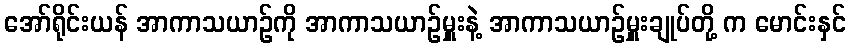
အော်ရိုင်းယန် အာကာသယာဉ်ကို အာကာသယာဉ်မှူးနဲ့ အာကာသယာဉ်မှူးချုပ်တို့ က မောင်းနှင်